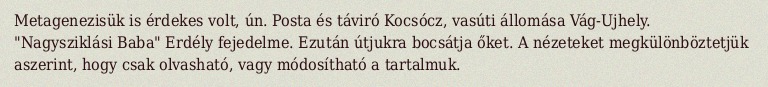
Metagenezisük is érdekes volt, ún. Posta és táviró Kocsócz, vasúti állomása Vág-Ujhely. "Nagysziklási Baba" Erdély fejedelme. Ezután útjukra bocsátja őket. A nézeteket megkülönböztetjük aszerint, hogy csak olvasható, vagy módosítható a tartalmuk.